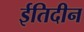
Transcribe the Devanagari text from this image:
ईतिदीन